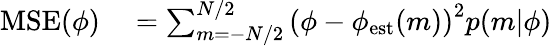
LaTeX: \begin{array}{rl}{\mathrm{MSE}(\phi)}&{{}=\sum_{m=-N/2}^{N/2}\left(\phi-\phi_{\mathrm{est}}(m)\right)^{2}p(m|\phi)}\end{array}